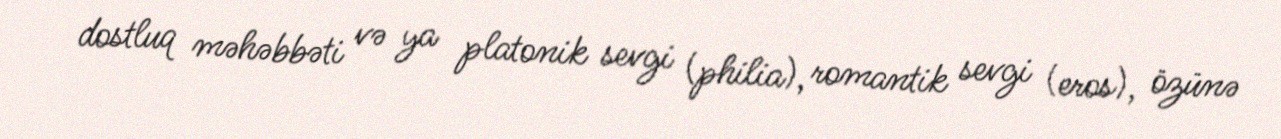
dostluq məhəbbəti və ya platonik sevgi (philia), romantik sevgi (eros), özünə